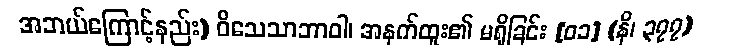
အဘယ်ကြောင့်နည်း) ဝိသေသာဘာဝါ၊ အနက်ထူး၏ မရှိခြင်း [၀၁] (နိ၊ ၃၇၇)